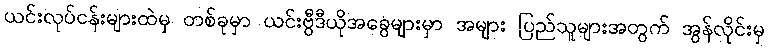
ယင်းလုပ်ငန်းများထဲမှ တစ်ခုမှာ ယင်းဗွီဒီယိုအခွေများမှာ အများ ပြည်သူများအတွက် အွန်လိုင်းမှ